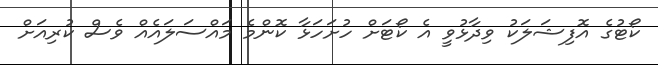
ކޯޓުގެ އޮފިޝަލަކު ވިދާޅުވީ އެ ކޯޓަށް ހުށަހަޅާ ކޮންމެ މައްސަލައެއް ވެސް ކުރިއަށް